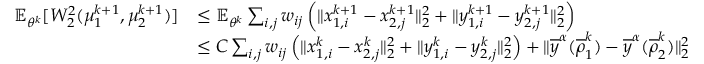
\begin{array} { r l } { \mathbb { E } _ { \theta ^ { k } } [ W _ { 2 } ^ { 2 } ( \mu _ { 1 } ^ { k + 1 } , \mu _ { 2 } ^ { k + 1 } ) ] } & { \leq \mathbb { E } _ { \theta ^ { k } } \sum _ { i , j } w _ { i j } \left( \| x _ { 1 , i } ^ { k + 1 } - x _ { 2 , j } ^ { k + 1 } \| _ { 2 } ^ { 2 } + \| y _ { 1 , i } ^ { k + 1 } - y _ { 2 , j } ^ { k + 1 } \| _ { 2 } ^ { 2 } \right) } \\ & { \leq C \sum _ { i , j } w _ { i j } \left( \| x _ { 1 , i } ^ { k } - x _ { 2 , j } ^ { k } \| _ { 2 } ^ { 2 } + \| y _ { 1 , i } ^ { k } - y _ { 2 , j } ^ { k } \| _ { 2 } ^ { 2 } \right) + \| \overline { y } ^ { \alpha } ( \overline { \rho } _ { 1 } ^ { k } ) - \overline { y } ^ { \alpha } ( \overline { \rho } _ { 2 } ^ { k } ) \| _ { 2 } ^ { 2 } } \end{array}